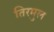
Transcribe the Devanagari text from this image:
तिरमुल